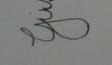
Signature authenticity: forged